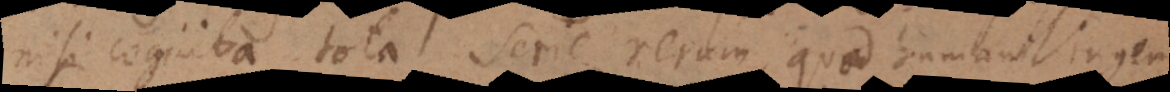
nisi cognita tota serie rerum, quod humani ingenii